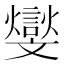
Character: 𣁧